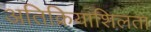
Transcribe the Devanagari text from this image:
अतिक्रियाशिलता